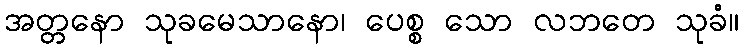
အတ္တနော သုခမေသာနော၊ ပေစ္စ သော လဘတေ သုခံ။